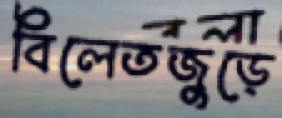
বিলেতজুড়ে